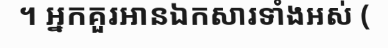
។ អ្នកគួរអានឯកសារទាំងអស់ (